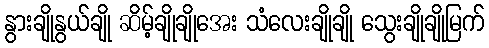
နွားချိုနွယ်ချို ဆိမ့်ချိုချိုအေး သံလေးချိုချို သွေးချိုချိုမြက်